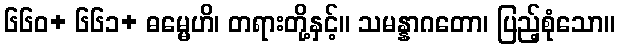
၆၆၀+ ၆၆၁+ ဓမ္မေဟိ၊ တရားတို့နှင့်။ သမန္နာဂတော၊ ပြည့်စုံသော။